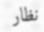
نظار